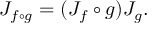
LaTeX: J _ { f \circ g } = ( J _ { f } \circ g ) J _ { g } .